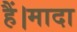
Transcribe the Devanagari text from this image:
हैं।मादा